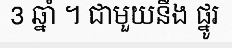
3 ឆ្នាំ ។ ជាមួយនឹង ផ្នូរ